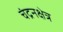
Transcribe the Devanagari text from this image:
चंद्रनक्षेत्र